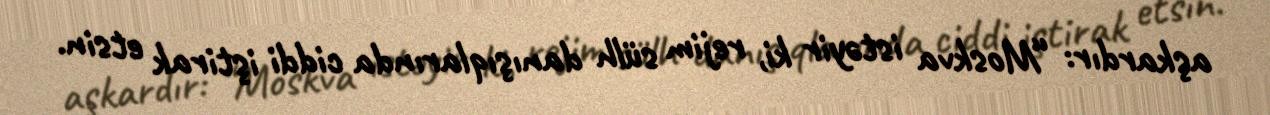
aşkardır: “Moskva istəyir ki, rejim sülh danışıqlarında ciddi iştirak etsin.